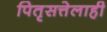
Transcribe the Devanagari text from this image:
पितृसत्तेलाही